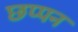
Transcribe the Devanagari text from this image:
छप्‍पन